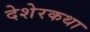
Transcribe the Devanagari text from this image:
देशेरकथा